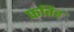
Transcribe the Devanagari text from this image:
फतिह